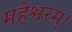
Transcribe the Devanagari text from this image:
महेश्वरम्।